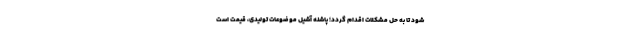
شود تا به حل مشکلات اقدام گردد؛ پاشنه آشیل موضوعات تولیدی، قیمت است